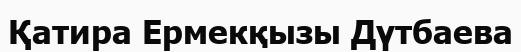
Қатира Ермекқызы Дүтбаева